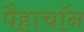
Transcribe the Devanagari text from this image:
पैहाचॉन